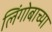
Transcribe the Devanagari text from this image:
लिंगोबाच्या